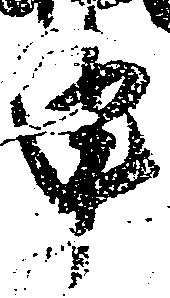
申